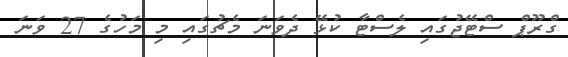
ގްރޫޕް ސްޓޭޖުގައި ލެސްޓާ ކުޅޭ ދެވަނަ މެޗުގައި މި މަހުގެ 27 ވަނަ